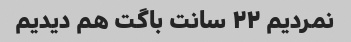
نمردیم ۲۲ سانت باگت هم دیدیم